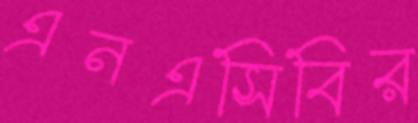
এনএসিবির